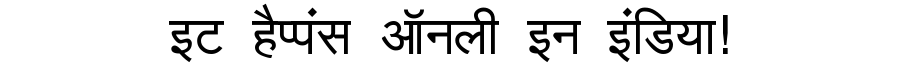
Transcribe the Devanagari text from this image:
इट हैप्पंस ऑनली इन इंडिया!